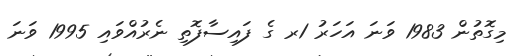
މިގޮތުން 1983 ވަނަ އަހަރު 1ރ ގެ ފައިސާފޮތި ނެރުއްވައި 1995 ވަނަ